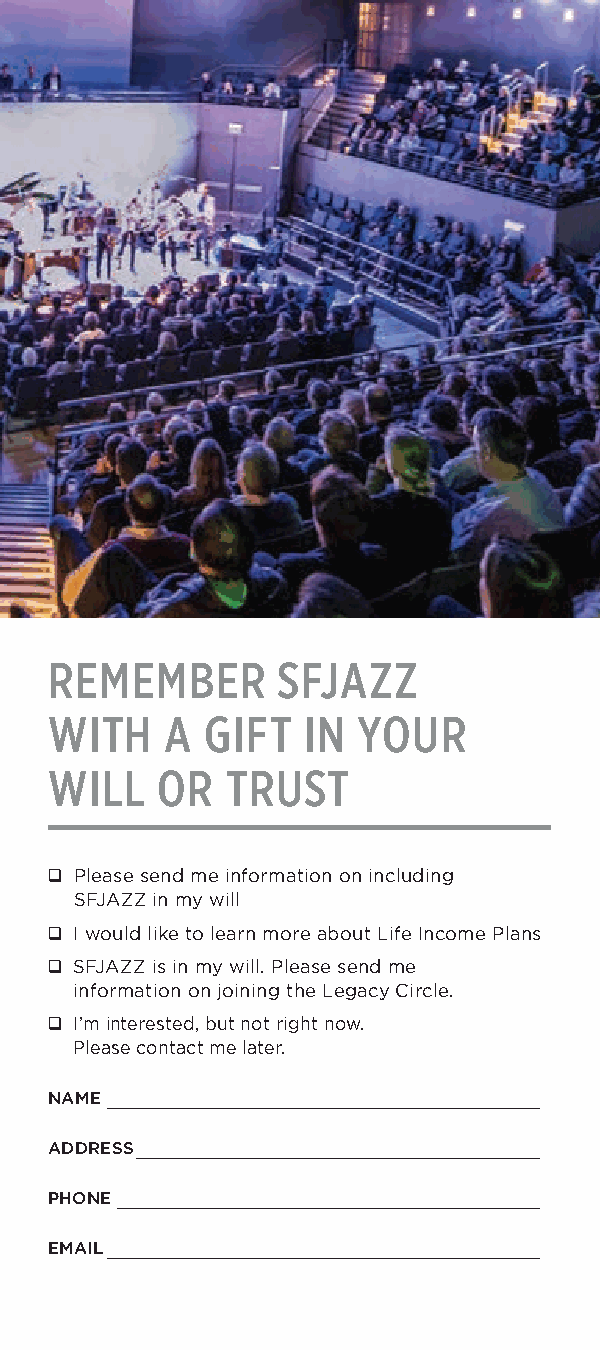
REMEMBER       SFJAZZ
 WITH    A GIFT   IN YOUR
 WILL   OR   TRUST
 ❑ Please send me information on including
 SFJAZZ in my will
 ❑ I would like to learn more about Life Income Plans
 ❑ SFJAZZ is in my will. Please send me
 information on joining the Legacy Circle.
 ❑ I’m interested, but not right now.
 Please contact me later.
 NAME ____________________________________________
 ADDRESS _________________________________________
 PHONE ___________________________________________
 EMAIL ____________________________________________